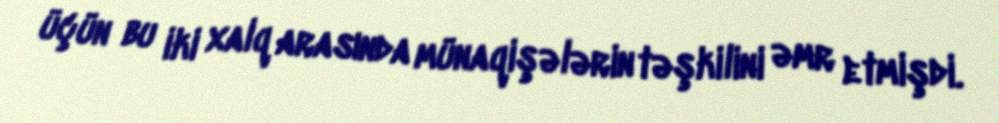
üçün bu iki xalq arasında münaqişələrin təşkilini əmr etmişdi.